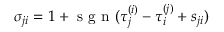
\sigma _ { j i } = 1 + \mathrm { ~ s ~ g ~ n ~ } ( \tau _ { j } ^ { ( i ) } - \tau _ { i } ^ { ( j ) } + s _ { j i } )